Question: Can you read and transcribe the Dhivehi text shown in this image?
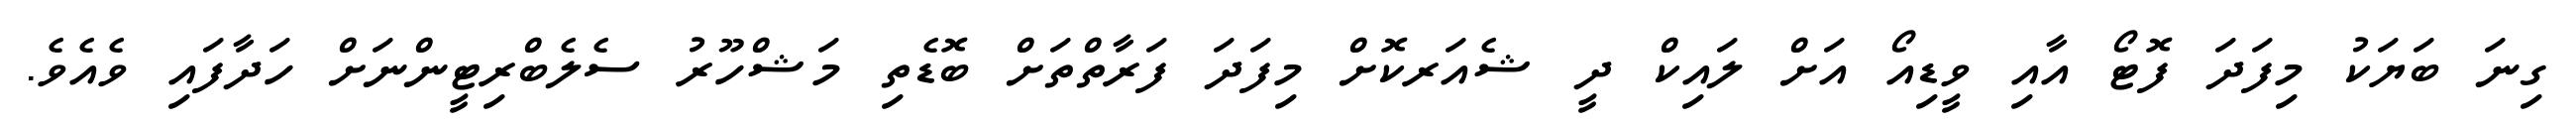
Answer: ގިނަ ބަޔަކު މިފަދަ ފޮޓޯ އާއި ވީޑިއޯ އަށް ލައިކް ދީ ޝެއަރކޮށް މިފަދަ ފަރާތްތަށް ބޮޑެތި މަޝްހޫރު ސެލެބްރިޓީންނަށް ހަދާފައި ވެއެވެ.